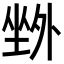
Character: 𡎢